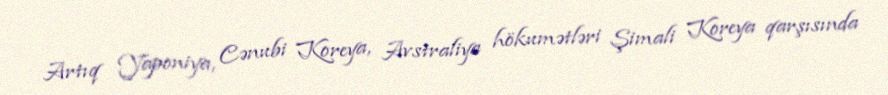
Artıq Yaponiya, Cənubi Koreya, Avstraliya hökumətləri Şimali Koreya qarşısında